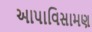
આપાવિસામણ